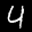
Label: 4